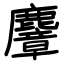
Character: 麞